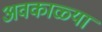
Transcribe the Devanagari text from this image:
अवकाळ्या